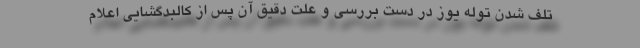
تلف شدن توله یوز در دست بررسی و علت دقیق آن پس از کالبدگشایی اعلام